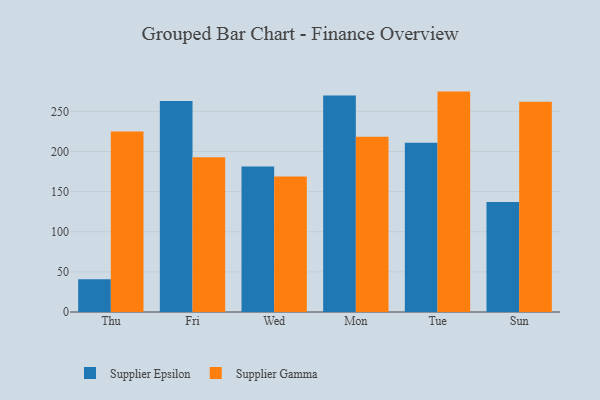
{"axis": {"x": "Day", "y": "LTV (USD)"}, "legend": ["Supplier Epsilon", "Supplier Gamma"], "data": [{"x": "Thu", "y": 40.8, "type": "Supplier Epsilon"}, {"x": "Thu", "y": 224.8, "type": "Supplier Gamma"}, {"x": "Fri", "y": 262.8, "type": "Supplier Epsilon"}, {"x": "Fri", "y": 192.9, "type": "Supplier Gamma"}, {"x": "Wed", "y": 181.3, "type": "Supplier Epsilon"}, {"x": "Wed", "y": 168.7, "type": "Supplier Gamma"}, {"x": "Mon", "y": 269.7, "type": "Supplier Epsilon"}, {"x": "Mon", "y": 218.3, "type": "Supplier Gamma"}, {"x": "Tue", "y": 211.0, "type": "Supplier Epsilon"}, {"x": "Tue", "y": 274.6, "type": "Supplier Gamma"}, {"x": "Sun", "y": 137.0, "type": "Supplier Epsilon"}, {"x": "Sun", "y": 261.8, "type": "Supplier Gamma"}]}